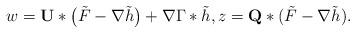
LaTeX: \begin{align*} w = \textbf{U}*\big(\tilde{F}-\nabla\tilde{h}\big) + \nabla \Gamma*\tilde{h}, z = \textbf{Q}*(\tilde{F}-\nabla\tilde{h}).\end{align*}